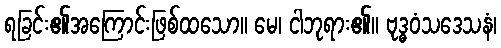
ရခြင်း၏အကြောင်းဖြစ်ထသော။ မေ၊ ငါဘုရား၏။ ဗုဒ္ဓဝံသဒေသနံ၊